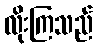
လိုးကြသည်